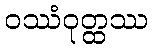
ဝဿံဝုတ္ထဿ